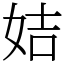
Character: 姞